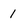
Character: 1